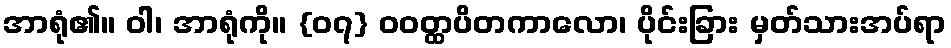
အာရုံ၏။ ဝါ၊ အာရုံကို။ {၀၇} ဝဝတ္ထပိတကာလော၊ ပိုင်းခြား မှတ်သားအပ်ရာ